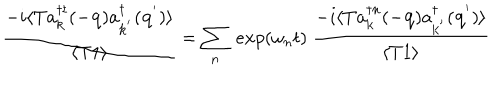
\frac { - i \langle T a _ { { \bf { k } } } ^ { \dagger t } ( - { \bf { q } } ) a _ { { \bf { k } } ^ { ' } } ^ { \dagger } ( { \bf { q } } ^ { ' } ) \rangle } { \langle T 1 \rangle } = \sum _ { n } \mathrm { ~ } e x p ( \omega _ { n } t ) \mathrm { ~ } \frac { - i \langle T a _ { { \bf { k } } } ^ { \dagger n } ( - { \bf { q } } ) a _ { { \bf { k } } ^ { ' } } ^ { \dagger } ( { \bf { q } } ^ { ' } ) \rangle } { \langle T 1 \rangle }